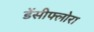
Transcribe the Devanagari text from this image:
डेंसीफ्लोरा